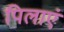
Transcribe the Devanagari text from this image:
पिलाएं